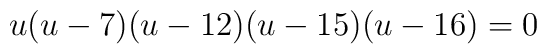
u(u-7)(u-12)(u-15)(u-16)=0